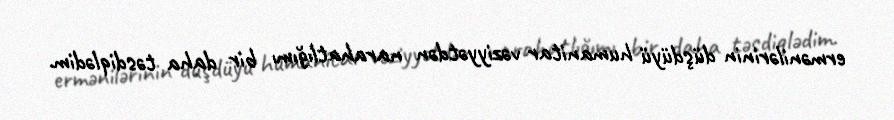
ermənilərinin düşdüyü humanitar vəziyyətdən narahatlığımı bir daha təsdiqlədim.